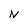
Character: N